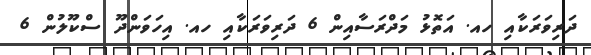
ދަރިވަރަކާއި ހއ. އަތޮޅު މަދްރަސާއިން 6 ދަރިވަރަކާއި ހއ. އިހަވަންދޫ ސްކޫލުން 6